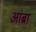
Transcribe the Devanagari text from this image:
आंब्रा